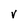
Character: V